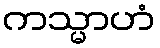
ကသ္မာဟံ